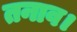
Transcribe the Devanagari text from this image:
तनाव।